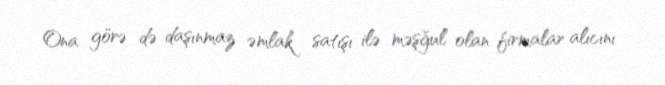
Ona görə də daşınmaz əmlak satışı ilə məşğul olan firmalar alıcını